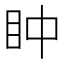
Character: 𥄡